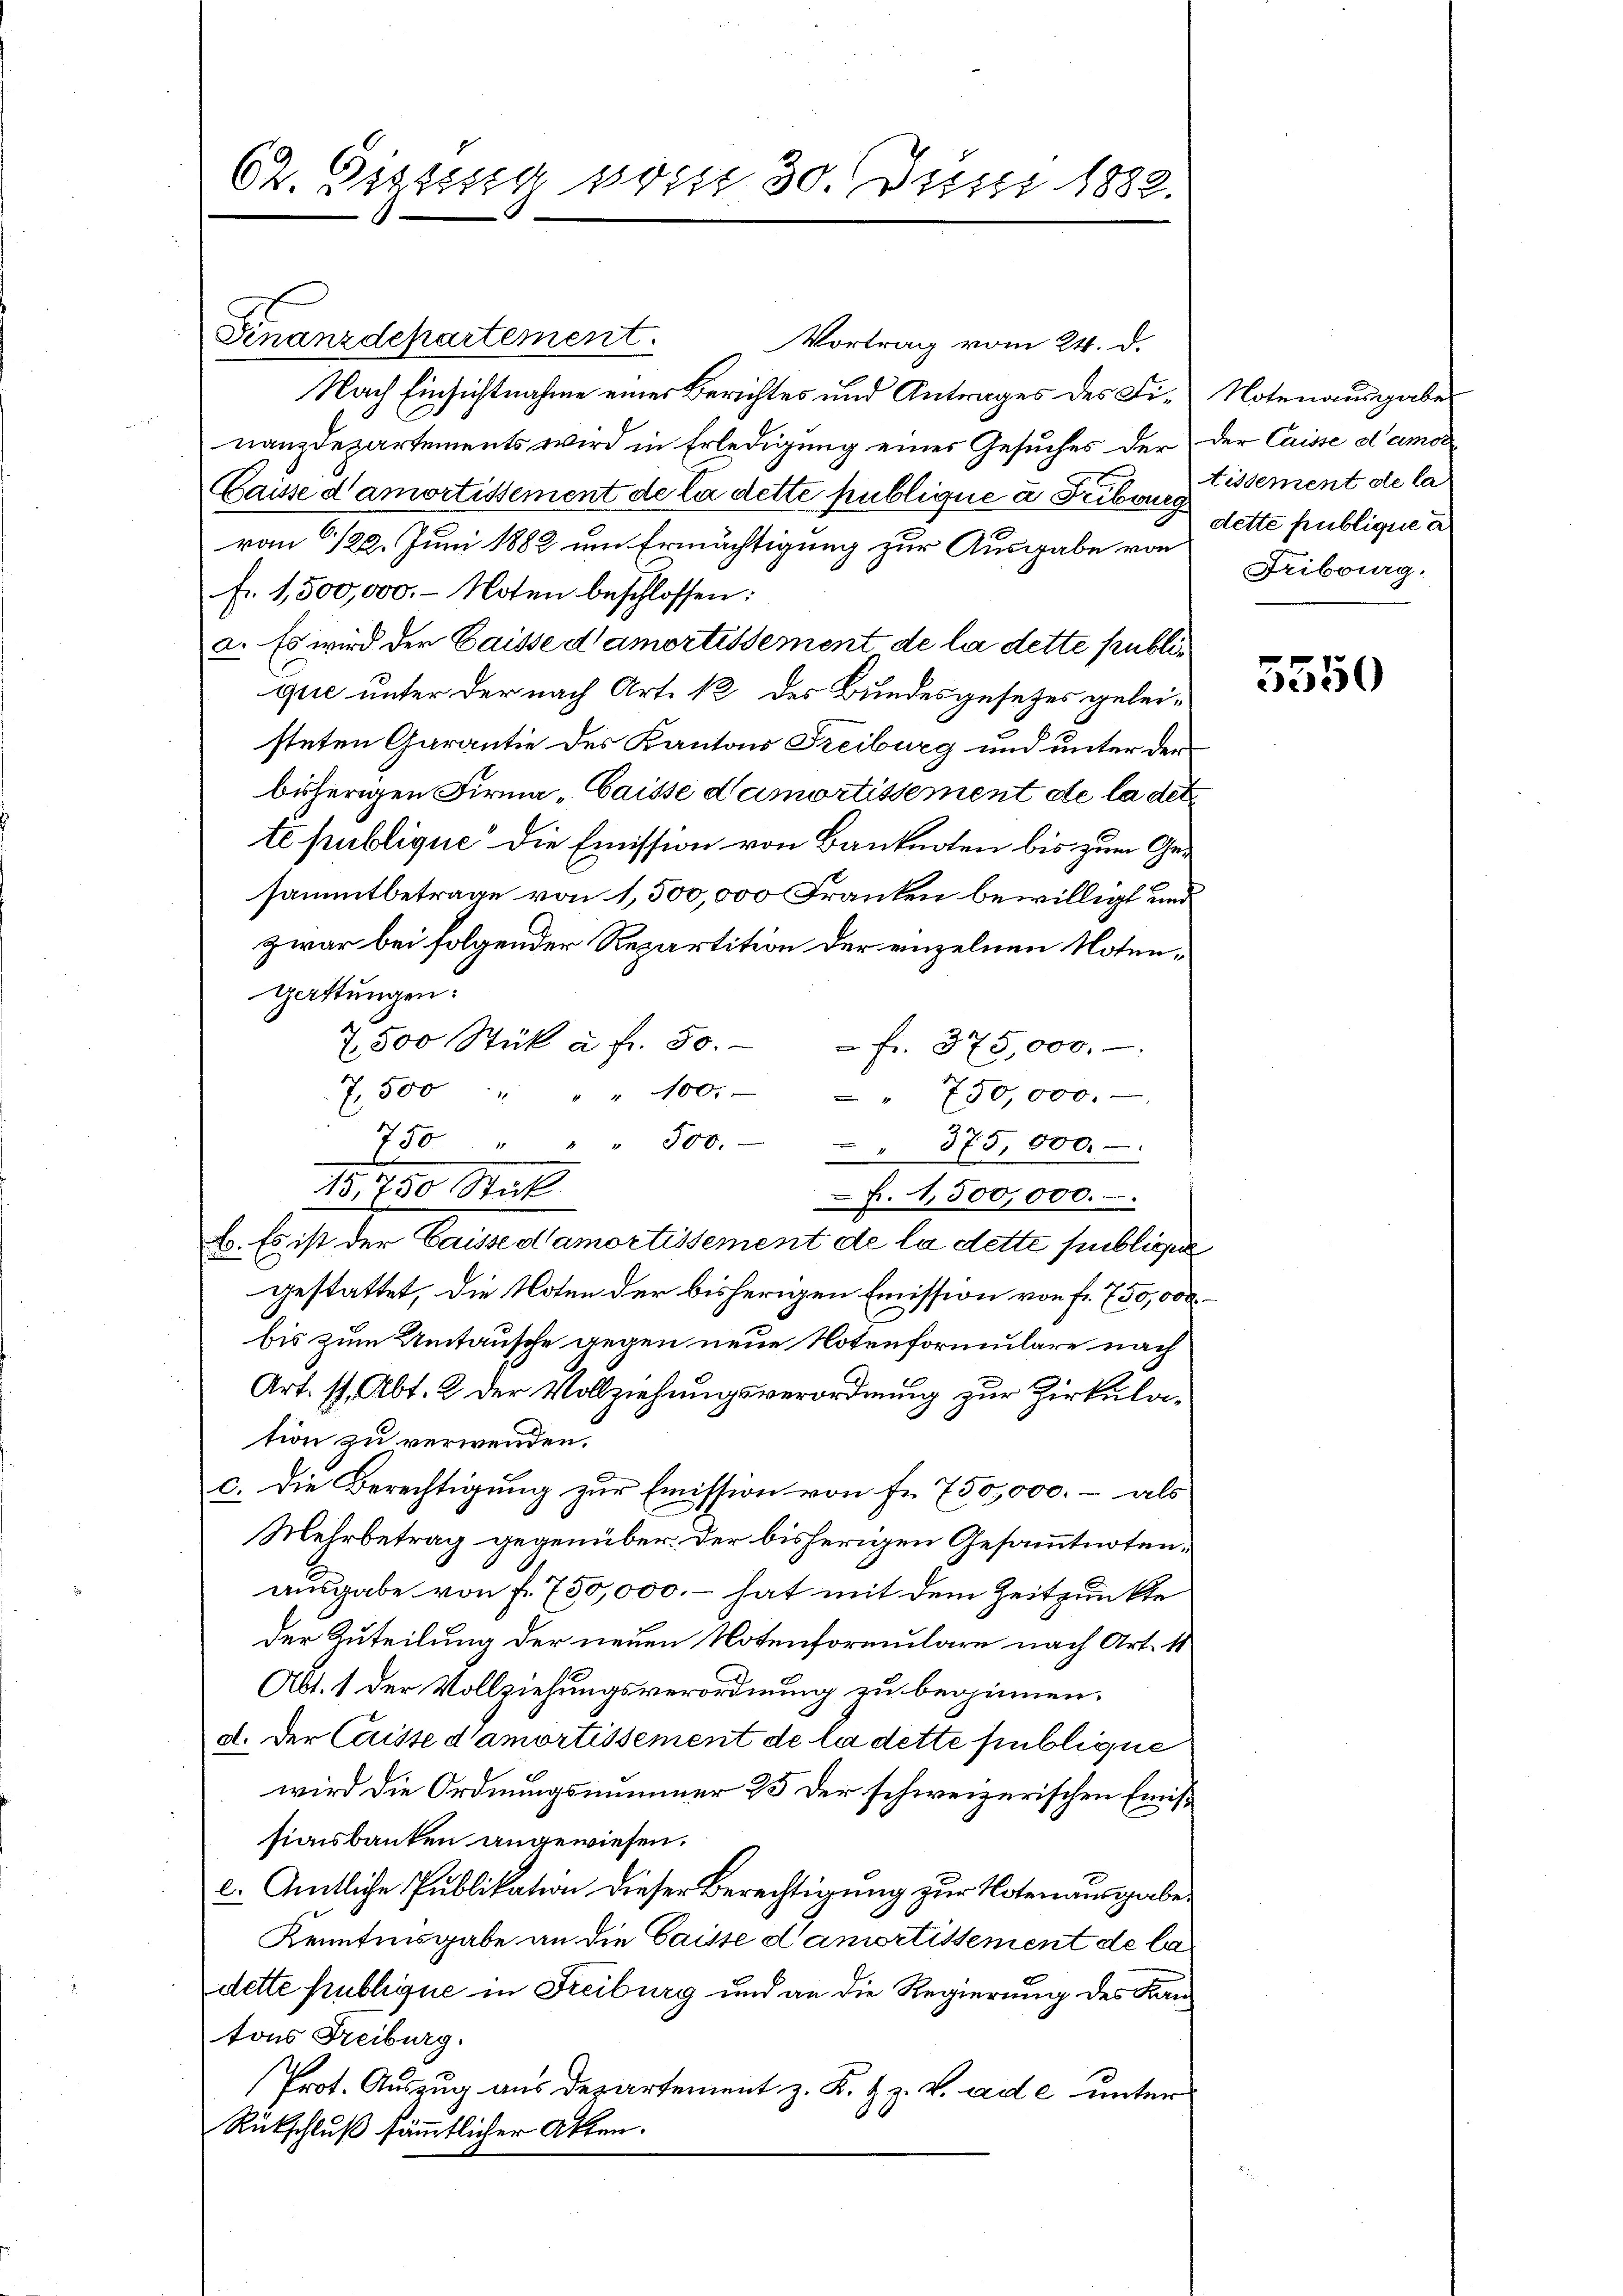
62. Eigeng vom 30. Juni 1882.

Finanzdepartement.
Vortrag vom 24. d.
Nach Einsichtnahme einer Berichtes und Antrages des Finanzdepartements wird in Erledigung eines Gesuches der der Caisse d’amor
Caisse d’amortissement de la dette publique à Fribouch Tissement de la
von 1/22. Juni 1882 um Ermächtigung zur Ausgabe von
fr. 1,500,000. Noten beschlossen:
a. Es wird der Caisse d’amortissement de la dette publique unter der nach Art. 12 des Bundesgesetzes geleisteten Garantie des Kantons Freiburg und unter der
bisherigen Firma „Gaisse d’amortissement de la det
te publique die Emission von Banknoten bis zum Gesammtbetrage von 1,500,000 Franken bewilligt und
zwar bei folgender Repartition der einzelnen Noten¬
Gattungen:
7,500 Stück à fr. 50. - fr. 375,000.-
7,500 " " " 100. - " 750,000.
weg
750 " " " 300. - " 375, 000.-
f. 1,500,000.
B. Es ist der Gaisse d’amortissement de la dette subliche
gestattet, die Noten der bisherigen Emission von fr. 750,000.
bis zum Umtausche gegen neue Notenformulare nach
Art. sp. Abt. 2 der Vollziehungsverordnung zur Zirkulation zu verwenden.
c. Die Berechtigung zur Emission von Fr. 750,000.- als
Mehrbetrag gegenüber. Der bisherigen Gesammtnotenausgabe von f. 750,000. – hat mit dem Zeitpunkte
der Zuteilung der neuen Notenformulare nach Art. 11
Abt. 1 der Vollziehungsverordnung zu beginnen.
d. Der Caisse d’amortissement de la dette publique
wird die Ordnungsnummer 25 der schweizerischen Emis
sionsbanken angewiesen.
c. Amtliche Publikation dieser Berechtigung zur Notenausgabe
Kenntnisgabe an die Caisse d’amortissement de la
dette Publique in Freiburg und an die Regierung des Kantons Freiburg.
Prot. Auszug aus Departement z. K. Z. Z. V. ade unter
Rückschluß sämmtlicher Akten.

15,750 Stück

Notenausgabe
dette publique a
Fribourg.

5550